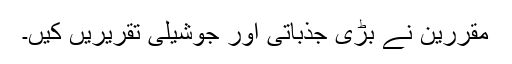
مقررین نے بڑی جذباتی اور جوشیلی تقریریں کیں۔